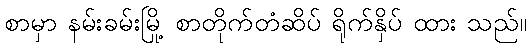
စာမှာ နမ်းခမ်းမြို့ စာတိုက်တံဆိပ် ရိုက်နှိပ် ထား သည်။